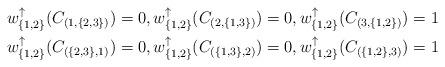
LaTeX: \begin{align*}&w^\uparrow_{\{1,2\}}(C_{(1, \{2,3\})})= 0, w^\uparrow_{\{1,2\}}(C_{(2, \{1,3\})})= 0, w^\uparrow_{\{1,2\}}(C_{(3, \{1,2\})})= 1 \\ &w^\uparrow_{\{1,2\}}(C_{(\{2,3\}, 1)})= 0, w^\uparrow_{\{1,2\}}(C_{(\{1,3\}, 2)})= 0, w^\uparrow_{\{1,2\}}(C_{(\{1,2\}, 3)})= 1\end{align*}